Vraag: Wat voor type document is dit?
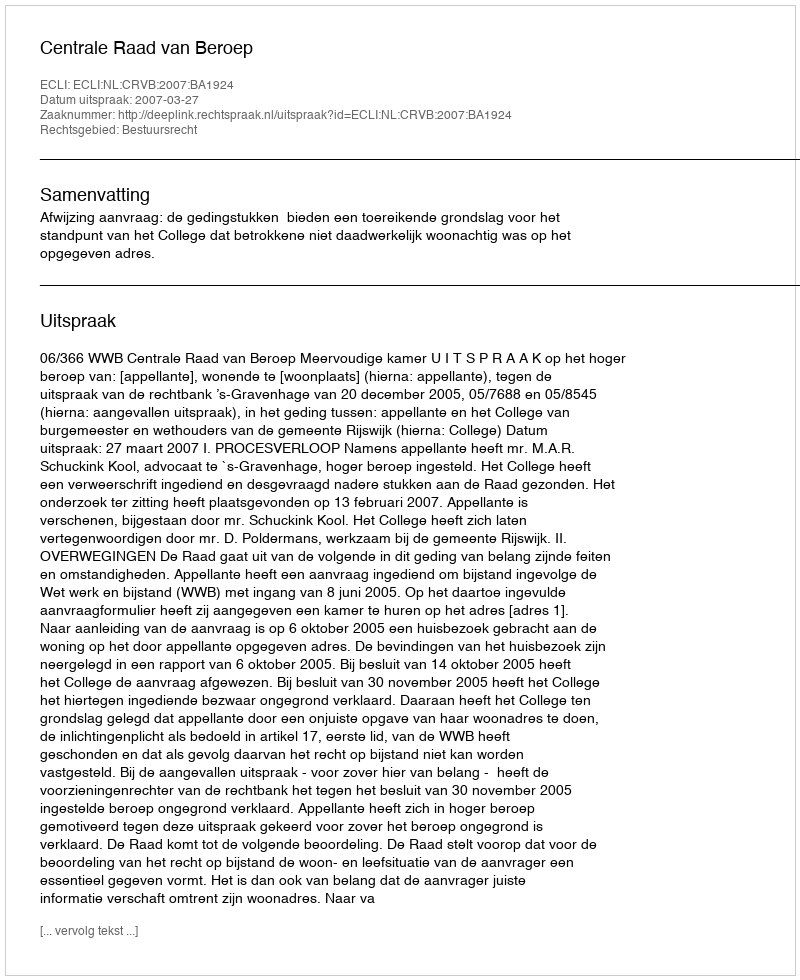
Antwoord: Uitspraak